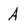
Character: A